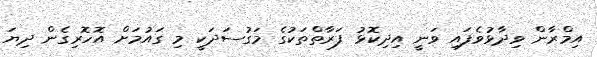
އިމްރާން ވިދާޅުވެފައި ވަނީ އިދިކޮޅު ފަރާތްތަކުގެ މަގުސަދަކީ މި ގައުމަށް އޮހޮރިގެން ދިޔަ